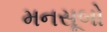
મનસૂબો